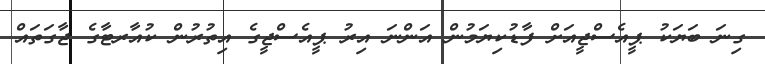
ގިނަ ބަޔަކު ޕީއެސްޖީއަށް ފާޑުކިޔަމުން އަންނަ އިރު ޕީއެސްޖީގެ އިތުރުން ކުއާރޓާގެ ޖާގަތައް